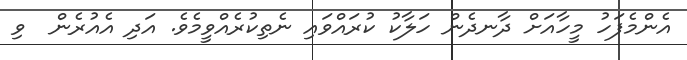
އެންމެފަހު މީހާއަށް ދާނދެން ހަލާކު ކުރައްވައި ނެތިކުރެއްވީމެވެ. އަދި އެއުރެން  ވި